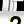
Digit: 2